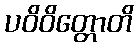
ပဝိဝိတ္တောတိ